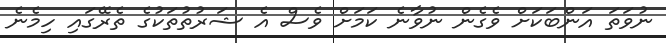
ނުވަތަ އަންބަކަށް ވެގެން ނުވާނެ ކަމަށް ވެސް އެ ޝަރުތުތަކުގެ ތެރޭގައި ހިމެނެ